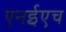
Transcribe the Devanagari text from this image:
एनईएच